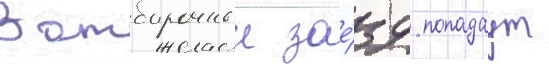
В отборочныи зае́зд попадаут